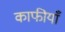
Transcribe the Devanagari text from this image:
काफीयाँ